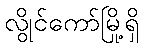
လွိုင်ကော်မြို့ရှိ